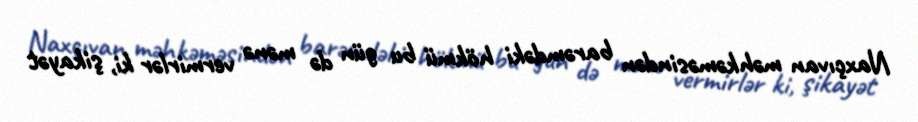
Naxçıvan məhkəməsindən barəmdəki hökmü bu gün də mənə vermirlər ki, şikayət